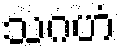
သဂဟံ